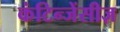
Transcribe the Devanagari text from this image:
कंटिन्जेंसीज़